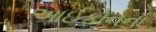
આઈફોનના